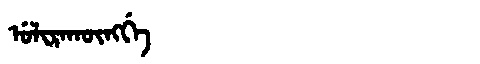
Manchu: ᡠᠯᡳᡵᠠᡴᡡᠩᡤᡝ
Romanization: ULIRAKŪNGGE